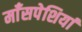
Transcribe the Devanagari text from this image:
माँसपेशियां